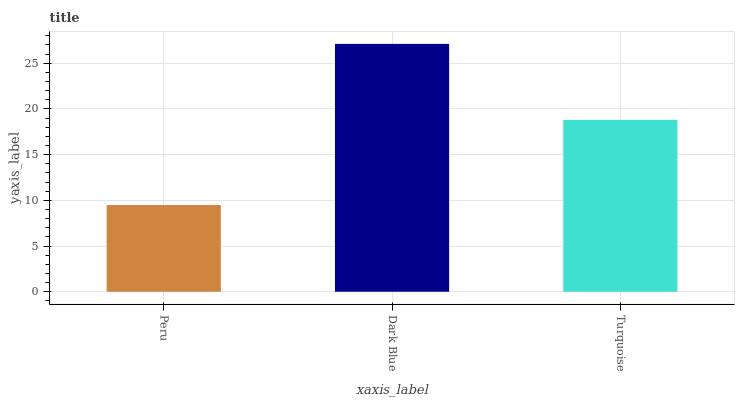
| xaxis_label | bars |
 | --- | --- |
 | Peru | 9.48 |
 | Dark Blue | 27.1 |
 | Turquoise | 18.8 |